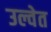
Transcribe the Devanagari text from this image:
उल्वेत